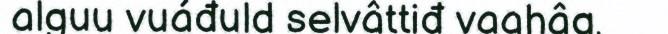
alguu vuáđuld selvâttiđ vaahâg,